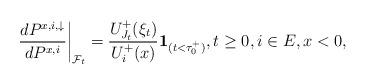
LaTeX: \begin{align*}\left.\frac{d{P}^{x,i,\downarrow}}{d {P}^{x,i}}\right|_{\mathcal{F}_t} =\frac{U^+_{J_t}(\xi_t)}{U^+_i(x)}\mathbf{1}_{(t<\tau^+_0)}, t\geq 0, i\in E, x<0,\end{align*}